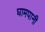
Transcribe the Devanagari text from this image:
घामपानी